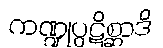
ကဏ္ဍုပ္ပဋိစ္ဆာဒိ